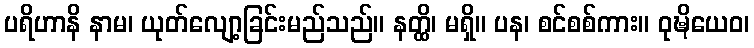
ပရိဟာနိ နာမ၊ ယုတ်လျော့ခြင်းမည်သည်။ နတ္ထိ၊ မရှိ။ ပန၊ စင်စစ်ကား။ ဝုဍ္ဎိယေဝ၊